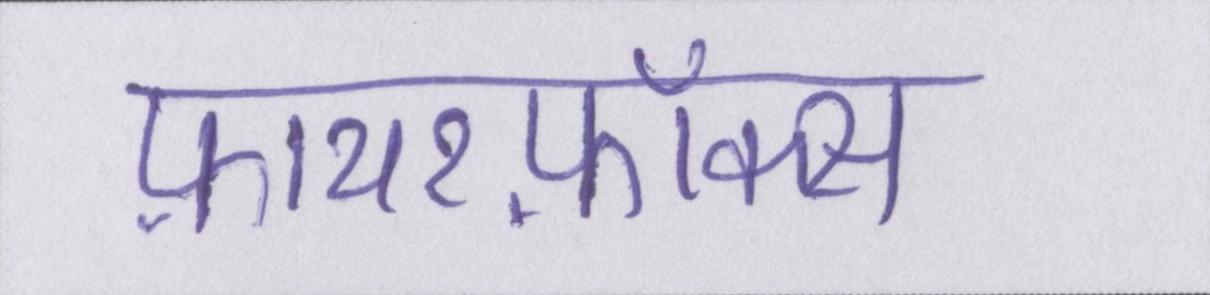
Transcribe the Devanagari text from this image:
फ़ायरफ़ॉक्स